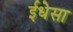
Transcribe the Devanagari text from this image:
ईधेसा